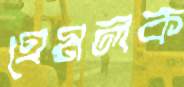
হেমলক